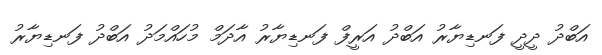
އަބްދު ދީދީ ފަނޑިޔާރު އަބްދު އަރީފް ފަނޑިޔާރު އާދަމް މުހައްމަދު އަބްދު ފަނޑިޔާރު